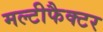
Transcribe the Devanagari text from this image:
मल्टीफैक्टर